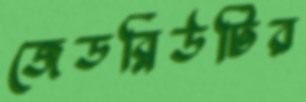
জেডব্লিউটির